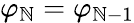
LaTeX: \varphi_{\mathbb{N}}=\varphi_{\mathbb{N}-1}